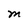
Character: M